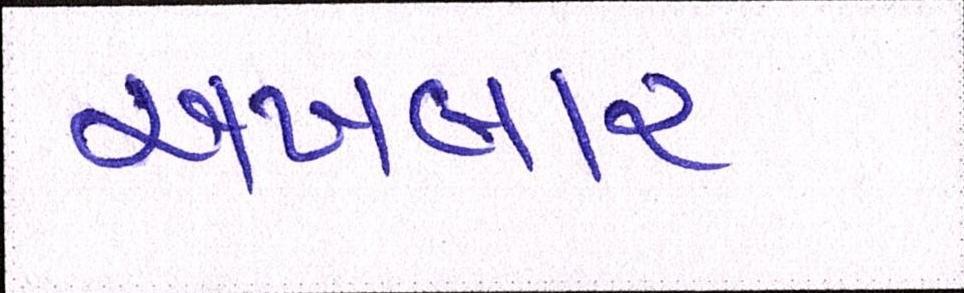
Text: અખબાર